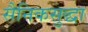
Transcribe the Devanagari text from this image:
सैनिकसुद्धा